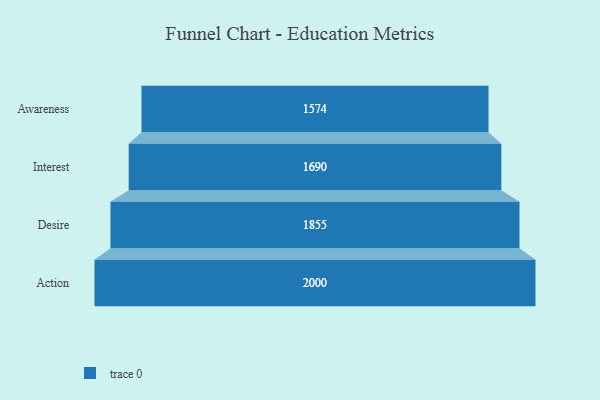
{"axis": {"x": "Stage", "y": "Value"}, "legend": [""], "data": [{"x": "Awareness", "y": 1574.0, "type": ""}, {"x": "Interest", "y": 1690.0, "type": ""}, {"x": "Desire", "y": 1855.0, "type": ""}, {"x": "Action", "y": 2000, "type": ""}]}